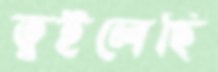
তুইলেছি